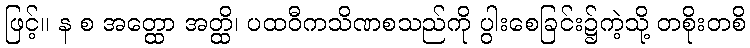
ဖြင့်။ န စ အတ္ထော အတ္ထိ၊ ပထဝီကသိဏစသည်ကို ပွါးစေခြင်း၌ကဲ့သို့ တစိုးတစိ